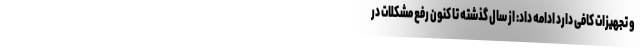
و تجهیزات کافی دارد ادامه داد: از سال گذشته تا کنون رفع مشکلات در